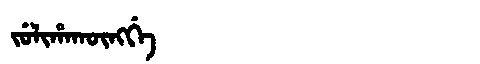
Manchu: ᠵᡠᠯᡳᡥᠠᡴᡡᠩᡤᡝ
Romanization: JULIHAKŪNGGE